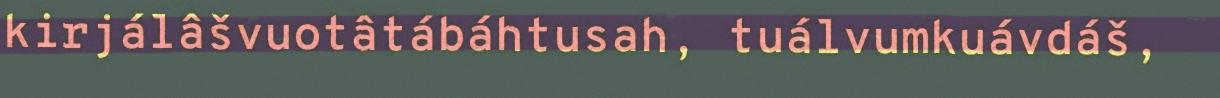
kirjálâšvuotâtábáhtusah, tuálvumkuávdáš,